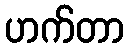
ဟက်တာ